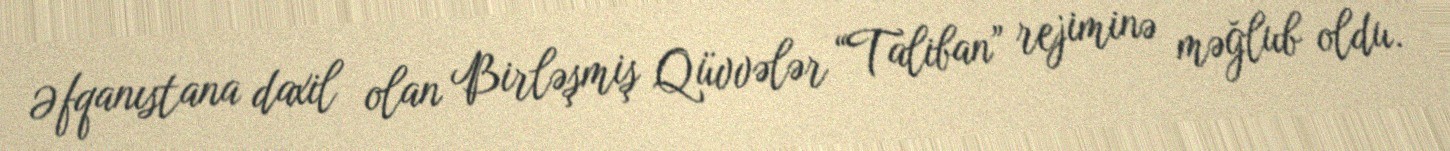
Əfqanıstana daxil olan Birləşmiş Qüvvələr “Taliban” rejiminə məğlub oldu.